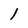
Character: 1